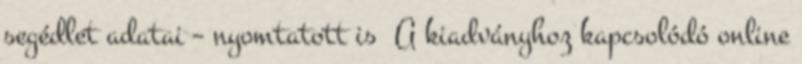
segédlet adatai – nyomtatott is A kiadványhoz kapcsolódó online